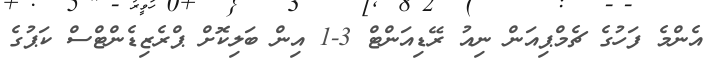
އެންމެ ފަހުގެ ޗެމްޕިއަން ނިއު ރޭޑިއަންޓް 3-1 އިން ބަލިކޮށް ޕްރެޒިޑެންޓްސް ކަޕުގެ